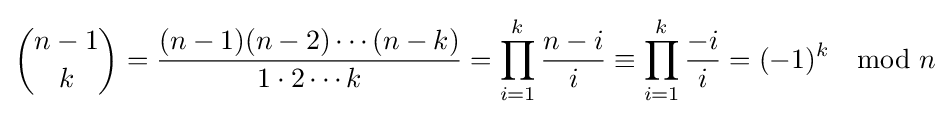
{\binom {n-1}{k}}={(n-1)(n-2)\cdots (n-k) \over 1\cdot 2\cdots k}=\prod _{i=1}^{k}{n-i \over i}\equiv \prod _{i=1}^{k}{-i \over i}=(-1)^{k}\mod n